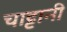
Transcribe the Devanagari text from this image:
चाट्टानी